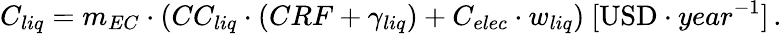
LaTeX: C_{liq}=m_{EC}\cdot(CC_{liq}\cdot(CRF+\gamma_{liq})+C_{elec}\cdot w_{liq})\ [\mathrm{USD}\cdot year^{-1}]\, .